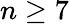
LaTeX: n\ge 7